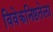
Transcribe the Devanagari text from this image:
विवेकनिष्ठतेला